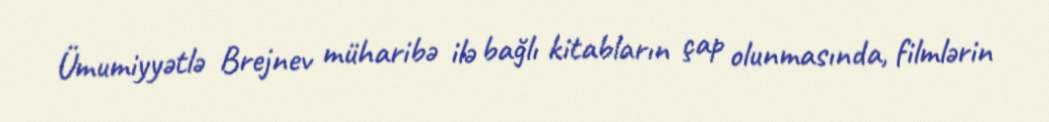
Ümumiyyətlə Brejnev müharibə ilə bağlı kitabların çap olunmasında, filmlərin